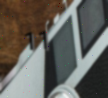
11